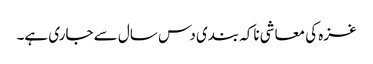
غزہ کی معاشی ناکہ بندی دس سال سے جاری ہے۔